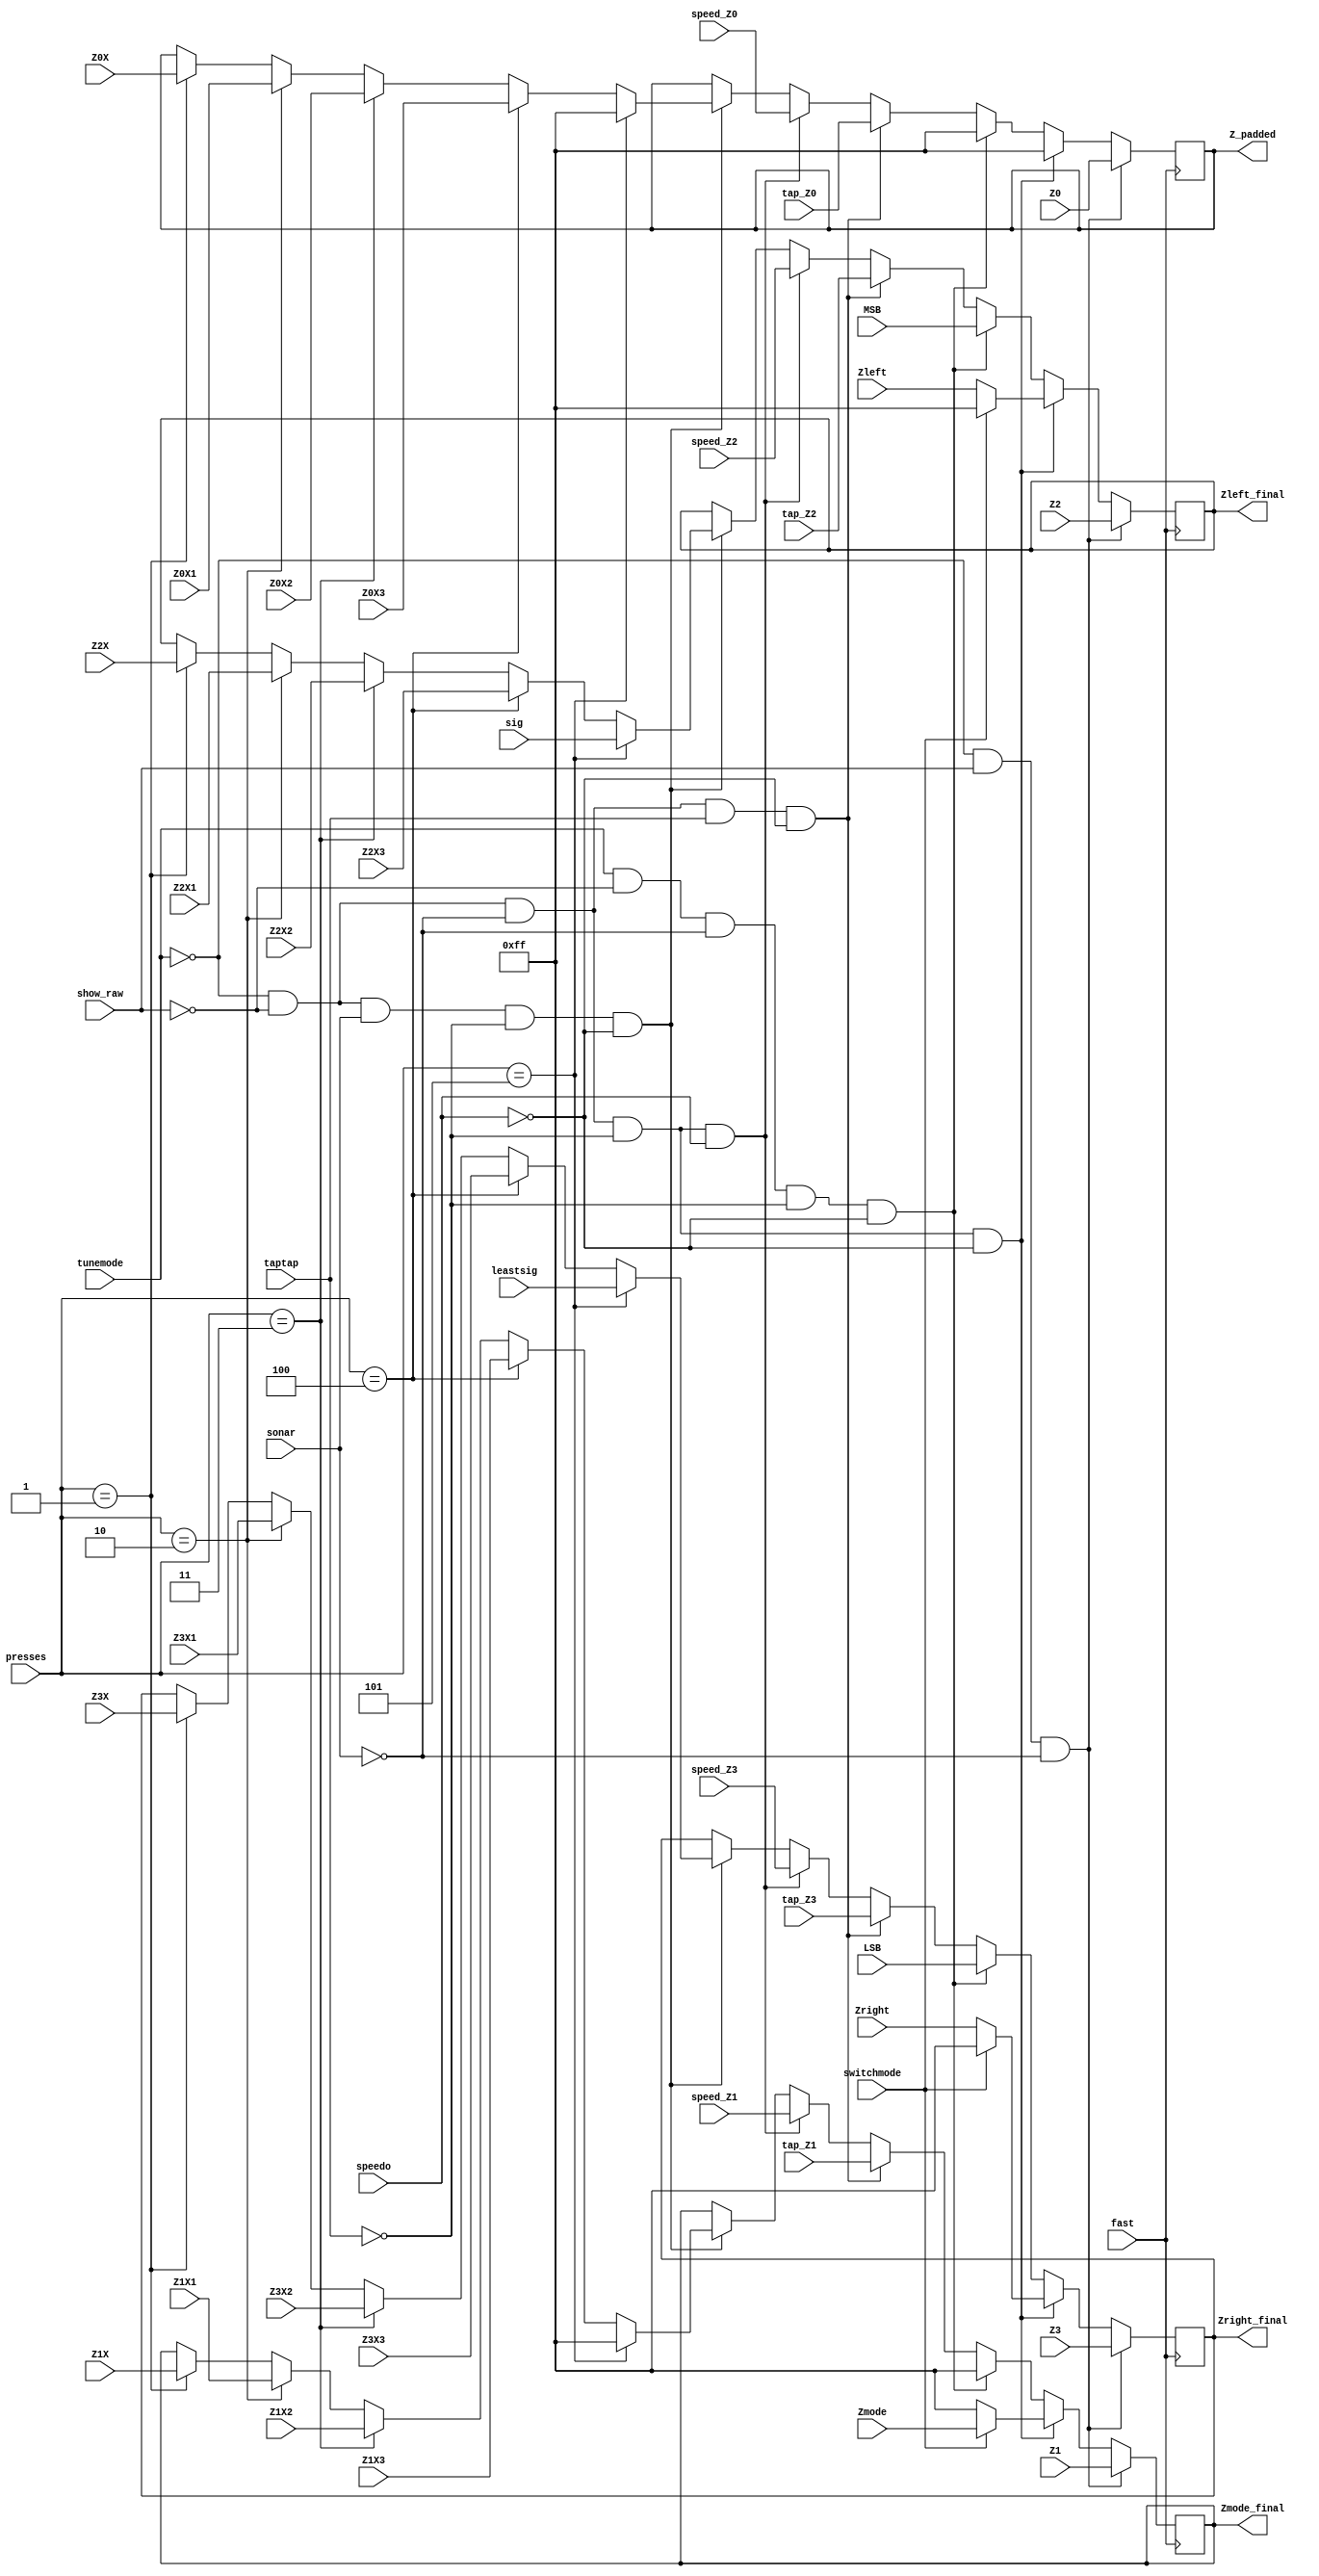
`timescale 1ns / 1ps
//////////////////////////////////////////////////////////////////////////////////
// Company: 
// Engineer: 
// 
// Design Name: 
// Module Name: seg_assign
// Project Name: 
// Target Devices: 
// Tool Versions: 
// Description: 
// 
// Dependencies: 
// 
// Revision:
// Revision 0.01 - File Created
// Additional Comments:
// 
//////////////////////////////////////////////////////////////////////////////////


module seg_assign(
    input [3:0]presses,
    input fast,
    input speedo,
    input taptap,
    input tunemode,
    input switchmode,
    input show_raw,
    input sonar,
    input [7:0] Zmode, Zleft, Zright,Z0,Z1, Z2, Z3,Z0X,Z1X,Z2X,Z3X,Z0X1,Z1X1,Z2X1,Z3X1,Z0X2,Z1X2,Z2X2,Z3X2,Z0X3,Z1X3,Z2X3,Z3X3,MSB,LSB,sig, leastsig,
    input [7:0]tap_Z0,tap_Z1,tap_Z2,tap_Z3,speed_Z0,speed_Z1,speed_Z2,speed_Z3,
    output reg [7:0] Zmode_final = 8'b11111111,
    output reg [7:0] Zleft_final = 8'b11111111,
    output reg [7:0] Zright_final = 8'b11111111,
    output reg [7:0] Z_padded =8'b11111111
    );

    always @ (posedge fast)
    if (tunemode == 0 && show_raw == 1 && sonar == 0)//to display raw
    begin
        Z_padded = Z0; //AN0
        Zmode_final = Z1 ;
        Zleft_final =  Z2 ;
        Zright_final =   Z3 ;
    end
    else if (tunemode == 0 && show_raw == 0 && sonar == 0 && taptap == 0 && speedo == 0)// to display basic
    begin
        Zmode_final = (switchmode == 1) ? Zmode : 8'b11111111 ; 
        Zleft_final = (switchmode == 0) ? Zleft : 8'b11111111;
        Zright_final = (switchmode == 0) ? Zright : 8'b11111111;
        Z_padded = 8'b11111111;
    end
    else if (tunemode == 1 && show_raw == 0 && sonar == 0 && taptap == 0 && speedo == 0) // when tune moode come
    begin
        Z_padded = 8'b11111111;
        Zmode_final = 8'b11111111 ;
        Zleft_final =  MSB ;
        Zright_final =   LSB ;
    end
    else if (tunemode == 0 && show_raw == 0 && sonar == 0 && taptap == 1 && speedo == 0) // taptap revenge mode
    begin
        Z_padded = tap_Z0; //AN0
        Zmode_final = tap_Z1 ;
        Zleft_final = tap_Z2 ;
        Zright_final = tap_Z3;
    end
    else if (tunemode == 0 && show_raw == 0 && sonar == 0 && taptap == 0 && speedo == 1)
    begin
        Z_padded = speed_Z0; //AN0
        Zmode_final = speed_Z1 ;
        Zleft_final = speed_Z2;
        Zright_final = speed_Z3;
    end
    else if (tunemode == 0 && show_raw == 0 && sonar == 1 && taptap == 0 && speedo == 0)//sonar mode
    begin
        if (presses == 1)
        begin
            Z_padded = Z0X; //AN0
                Zmode_final = Z1X ;
                Zleft_final =  Z2X ;
                Zright_final =   Z3X;
        end
        if (presses == 2)
        begin
            Z_padded = Z0X1; //AN0
                Zmode_final = Z1X1 ;
                Zleft_final =  Z2X1 ;
                Zright_final =   Z3X1;
        end
        if (presses == 3)
        begin
            Z_padded = Z0X2; //AN0
                Zmode_final = Z1X2 ;
                Zleft_final =  Z2X2 ;
                Zright_final =   Z3X2;
        end
        if (presses == 4)
        begin
            Z_padded = Z0X3; //AN0
            Zmode_final = Z1X3 ;
            Zleft_final =  Z2X3 ;
            Zright_final =   Z3X3;
        end
        if (presses == 5)
        begin
            Z_padded = 8'b11111111; //AN0
            Zmode_final = 8'b11111111 ;
            Zleft_final =  sig ;
            Zright_final =  leastsig;
        
      
      
       end
        
  
    end
    
  
endmodule